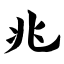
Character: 兆